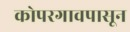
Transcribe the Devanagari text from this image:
कोपरगावपासून